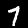
Label: 7